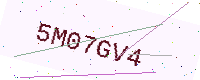
Text: 5M07GV4